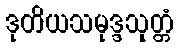
ဒုတိယသမုဒ္ဒသုတ္တံ